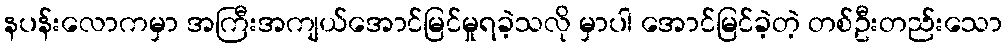
နပန်းလောကမှာ အကြီးအကျယ်အောင်မြင်မှုရခဲ့သလို မှာပါ အောင်မြင်ခဲ့တဲ့ တစ်ဦးတည်းသော